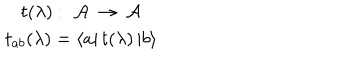
LaTeX: \begin{array} { c } { { t ( \lambda ) : \; { \cal A } \: \rightarrow \: { \cal A } } } \\ { { t _ { a b } ( \lambda ) = \left\langle a \right| t ( \lambda ) \left| b \right\rangle } } \\ \end{array}